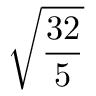
\sqrt { \frac { 3 2 } { 5 } }